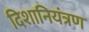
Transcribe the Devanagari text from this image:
दिशानियंत्रण